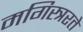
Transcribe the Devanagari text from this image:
मगिस्त्ररते